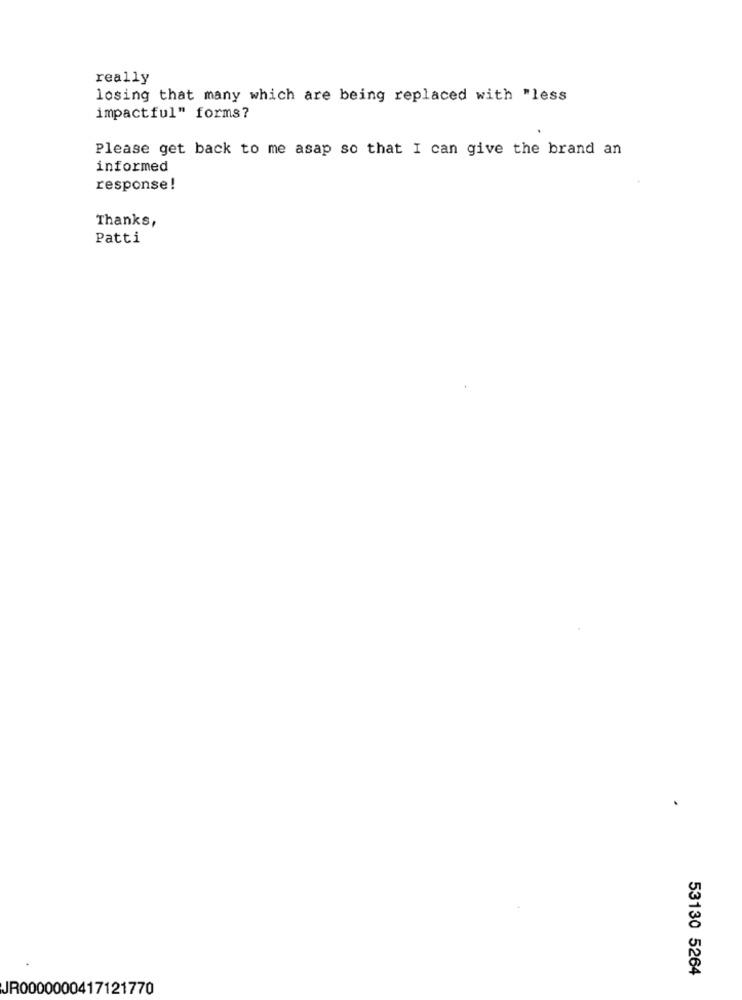
really
losing that many which are being replaced with "less
impactful" forms?
Please get back to me asap so that I can give the brand an
informed
response !
Thanks,
Patti
53130 5264
JR0000000417121770